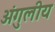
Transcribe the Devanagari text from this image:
अंगुलीय